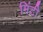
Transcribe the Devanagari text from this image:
मिंटी